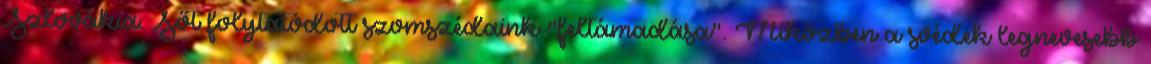
Szlovákia. Sőt folytatódott szomszédaink "feltámadása". Miközben a svédek legnevesebb